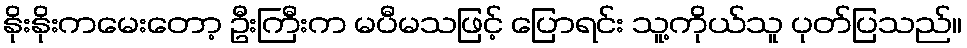
နိုးနိုးကမေးတော့ ဦးကြီးက မပီမသဖြင့် ပြောရင်း သူ့ကိုယ်သူ ပုတ်ပြသည်။